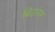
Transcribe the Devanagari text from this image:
बिदाराम